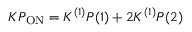
K P _ { \mathrm { O N } } = K ^ { ( 1 ) } P ( 1 ) + 2 K ^ { ( 1 ) } P ( 2 )